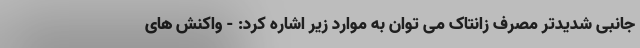
جانبی شدیدتر مصرف زانتاک می توان به موارد زیر اشاره کرد: - واکنش های